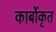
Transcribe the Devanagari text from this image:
कार्बोकृत